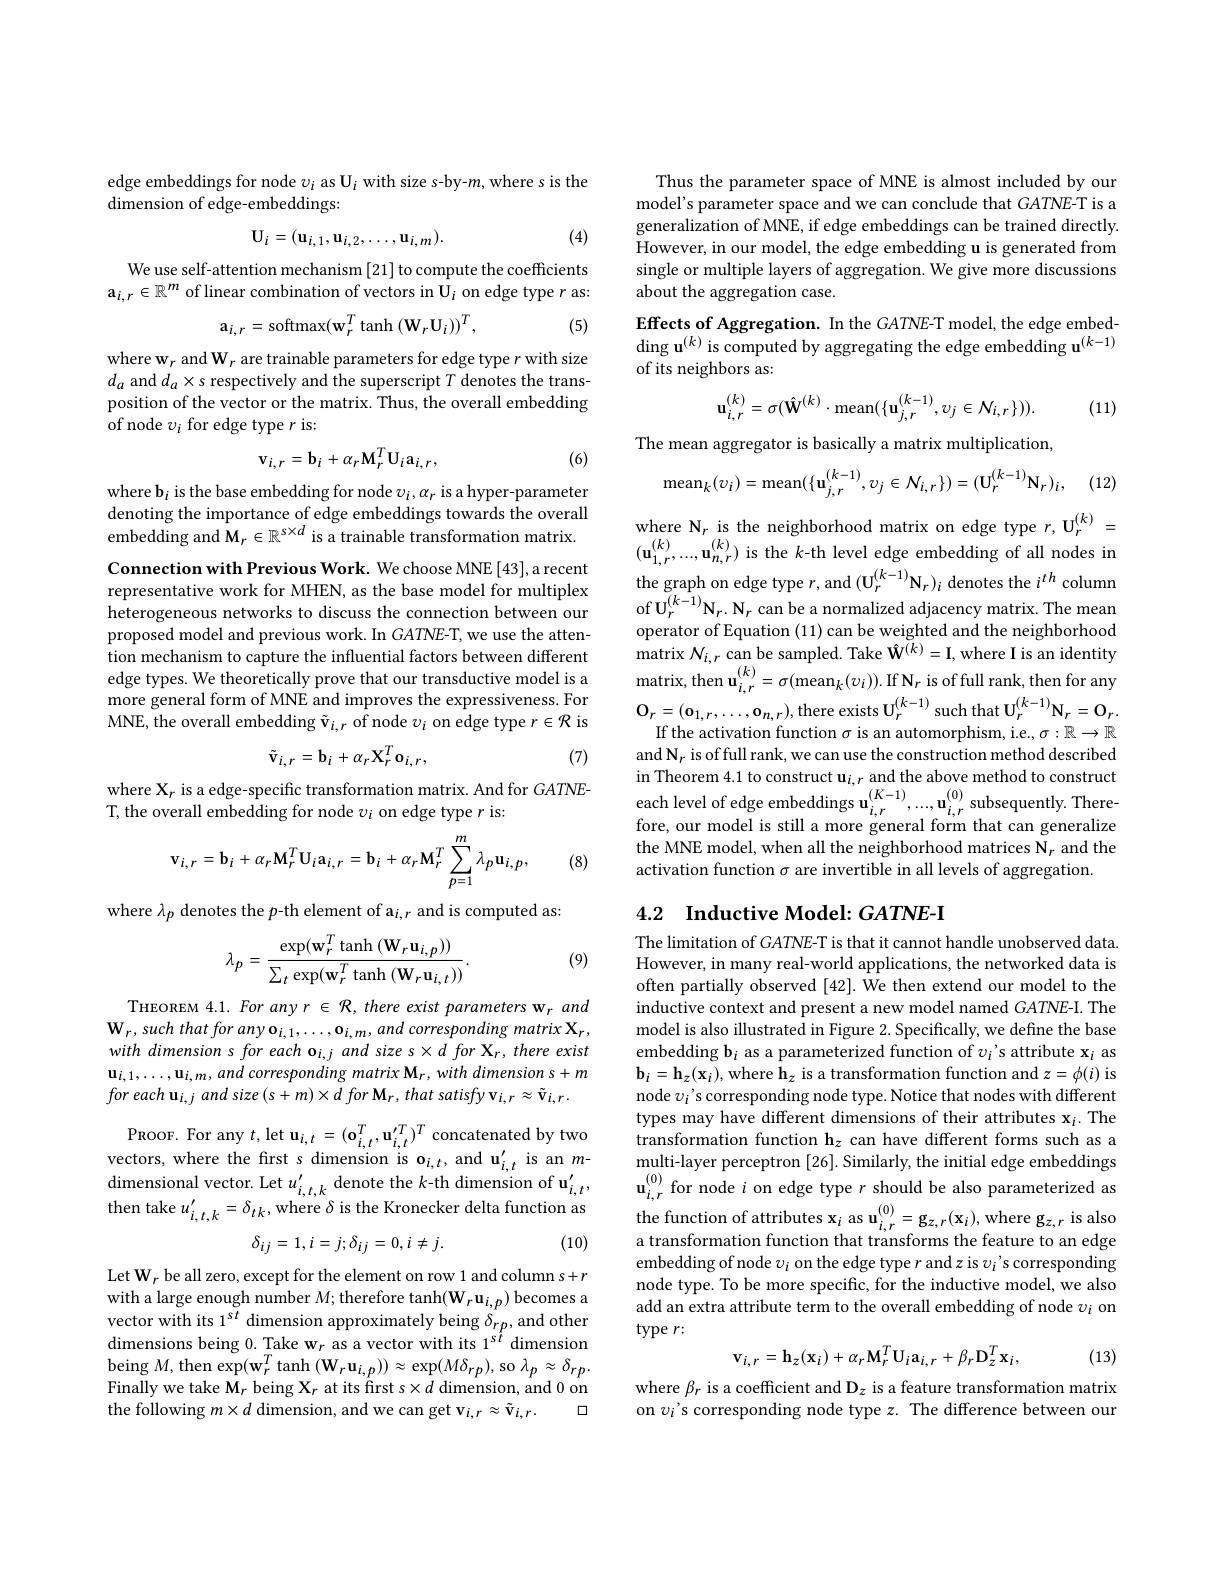
edge embeddings for node $v_i$ as U$_i$ with size s-by-$m$,where s is the
${\mathrm{dimension~of~edge-embeddings:}}$

(4)
$$\mathbf{U}_{i}=(\mathbf{u}_{i,1},\mathbf{u}_{i,2},\ldots,\mathbf{u}_{i,m}).$$
We use self-attention mechanism [21] to compute the coefficients $\mathrm{a}_{i,r}\in\mathbb{R}^m$ of linear combination of vectors in $\mathbf{U}_i$ on edge type $r$ as:
$$\mathrm{a}_{i,r}=\mathrm{softmax}(\mathbf{w}_{r}^{T}\tanh{(\mathbf{W}_{r}\mathbf{U}_{i})})^{T},$$
(5)

where $\mathbf{w}_r$ and W$_r$ are trainable parameters for edge type $r$ with size $d_a$ and $d_a\times s$ respectively and the superscript $T$ denotes the transposition of the vector or the matrix. Thus, the overall embedding of node $v_i$ for edge type $r$ is:
$$\mathbf{v}_{i,r}=\mathbf{b}_{i}+\alpha_{r}\mathbf{M}_{r}^{T}\mathbf{U}_{i}\mathbf{a}_{i,r},$$
(6)

where b$_i$ is the base embedding for node $v_i,\alpha_r$ is a hyper-parameter denoting the importance of edge embeddings towards the overall embedding and $\mathbf{M}_r\in\mathbb{R}^{s\times d}$ is a trainable transformation matrix.

Connection with Previous Work. We choose MNE [43], a recent representative work for MHEN, as the base model for multiplex heterogeneous networks to discuss the connection between our proposed model and previous work. In GATNE-T, we use the attention mechanism to capture the influential factors between different edge types. We theoretically prove that our transductive model is a more general form of MNE and improves the expressiveness. For MNE, the overall embedding $\tilde{\mathbf{v}}_{i,r}$ of node $\upsilon_i$ on edge type $r\in\mathcal{R}$ is
$$\tilde{\mathbf{v}}_{i,r}=\mathbf{b}_{i}+\alpha_{r}\mathbf{X}_{r}^{T}\mathbf{o}_{i,r},$$
(7)

where X$_r$ is a edge-specific transformation matrix. And for GATNE-
T, the overall embedding for node $v_i$ on edge type $r$ is:
$$\mathbf{v}_{i,r}=\mathbf{b}_{i}+\alpha_{r}\mathbf{M}_{r}^{T}\mathbf{U}_{i}\mathbf{a}_{i,r}=\mathbf{b}_{i}+\alpha_{r}\mathbf{M}_{r}^{T}\sum_{p=1}^{m}\lambda_{p}\mathbf{u}_{i,p},$$
(8)

where $\lambda_p$ denotes the $p$-th element of a$_i,r$ and is computed as:
$$\lambda_p=\frac{\exp(\mathbf{w}_r^T\tanh{(\mathbf{W}_r\mathbf{u}_{i,p})})}{\sum_t\exp(\mathbf{w}_r^T\tanh{(\mathbf{W}_r\mathbf{u}_{i,t})})}.$$
(9)

THEOREM 4.1. For any r $\in{\mathcal{R}}$, there exist parameters w$_r$ and $\mathbf{W}_{r}$, such that for any o$_i,1,\ldots,\mathbf{o}_{i,m}$, and corresponding matrix X$_r$, $with\textit{ dimension s for each o}_{i, j}\textit{ and size s}\times d\textit{for X}_{r}, \textit{there exist}$ $\mathbf{u}_{i,1},\ldots,\mathbf{u}_{i,m},and$ corresponding matrix M$_r,with$ dimension s$+m$ for each $\mathbf{u} _{i, j}$ and size $( s+ m) \times d$ for $\mathbf{M} _{r}$, that satisfy $\mathbf{v} _{i, r}\approx \tilde{\mathbf{v} } _{i, r}.$

PROOF. For any $t$,let $\mathbf{u}_i,t=(\mathbf{o}_{i,t}^T,\mathbf{u}_{i,t}^{\prime T})^T$ concatenated by two vectors, where the first s dimension is o$_i,t$, and u$_i,t^{\prime}$ is an $m$- $\operatorname*{dimensional}$vector. Let$u_i,t,k^{\prime}$denote the $k$-th dimension of $\mathbf{u}_i,t^{\prime}$,
$$\delta_{ij}=1,i=j;\delta_{ij}=0,i\neq j.$$
(10)

Let W$_r$ be all zero, except for the element on row 1 and column s+r with a large enough number $M;$ therefore tanh(W$_r\mathbf{u}_i,p)$ becomes a vector with its 1$^{sit}$ dimension approximately being $\delta_{rp}$,and other dimensions being 0. Take w$_r$ as a vector with its 1$^{s\hat{t}}$ dimension $\operatorname{being}M,\operatorname{then}\operatorname{exp}(\mathbf{w}_{r}^{T}\tanh\left(\mathbf{W}_{r}\mathbf{u}_{i,p}\right))\approx\exp(M\delta_{rp})$, so $\lambda_p\approx\delta_{rp}.$ Finally we take $\mathbf{M}_r$ being X$_r$ at its first $s\times d$ dimension, and 0 on the following $m\times d$ dimension, and we can get $\mathbf{v}_{i,r}\approx\tilde{\mathbf{v}}_{i,r}.$
口

Thus the parameter space of MNE is almost included by our model's parameter space and we can conclude that GATNE-T is a generalization of MNE, if edge embeddings can be trained directly. However, in our model, the edge embedding u is generated from single or multiple layers of aggregation. We give more discussions about the aggregation case.

$\textbf{Effects of Aggregation. In the GATNE- T model, the edge embed- }$ $\operatorname{ding}\mathbf{u}^{(k)}$ is computed by aggregating the edge embedding u$^{(k-1)}$ of its neighbors as:
$$\mathbf{u}_{i,r}^{(k)}=\sigma(\hat{\mathbf{W}}^{(k)}\cdot\mathrm{mean}(\{\mathbf{u}_{j,r}^{(k-1)},v_{j}\in\mathcal{N}_{i,r}\})).$$
(11)

The mean aggregator is basically a matrix multiplication,
$$\mathrm{mean}_{k}(v_{i})=\mathrm{mean}(\{\mathbf{u}_{j,r}^{(k-1)},v_{j}\in\mathcal{N}_{i,r}\})=(\mathbf{U}_{r}^{(k-1)}\mathbf{N}_{r})_{i},$$
(12)

$\begin{array}{ll}\mathrm{where~N_{r}~is~the~neighborhood~matrix~on~edge~type~}r,\mathbf{U_{r}^{(k)}}&=\\(\mathbf{u_{1,r}^{(k)},\ldots,u_{n,r}^{(k)})~is~the~}k\text{-th level edge embedding of all nodes in}\end{array}$ the graph on edge type $r$, and $(\mathbf{U}_r^{(k-1)}\mathbf{N}_r)_i$ denotes the $i^th$ column of U$_r^{(k-1)}\mathbf{N}_r.\mathbf{N}_r$ can be a normalized adjacency matrix. The mean operator of Equation (11) can be weighted and the neighborhood matrix $N_{i, r}$ can be sampled. Take $\hat{\mathbf{W}}^{(k)}=$I, where I is an identity ${\mathrm{matrix,~then~}\mathbf{u}}_{i,r}^{(\kappa)}=\sigma({\mathrm{mean}}_{k}(v_{i})).{\mathrm{If~N}}_{r}$ is of full rank, then for any $\mathbf{O}_{r}=(\mathbf{o}_{1,r},\ldots,\mathbf{o}_{n,r})$,there exists $\mathbf{U}_r^{(k-1)}$ such that $\mathbf{U}_r^{(k-1)}\mathbf{N}_r=\mathbf{O}_r.$
If the activation function $\sigma$ is an automorphism, i.e., $\sigma:\mathbb{R}\to\mathbb{R}$ and N$_r$ is of full rank, we can use the construction method described $\mathrm{in~Theorem~4.1~to~construct~u}_{i,r}$ and the above method to construct each level of edge embeddings $\mathbf{u}_{i,r}^{(K-1)},...,\mathbf{u}_{i,r}^{(0)}$subsequently. Therefore, our model is still a more general form that can generalize the MNE model, when all the neighborhood matrices N$_r$ and the activation function $\sigma$ are invertible in all levels of aggregation.

## 4.2 Inductive Model: GATNE-I

The limitation of $GATNE$-T is that it cannot handle unobserved data. However, in many real-world applications, the networked data is often partially observed [42]. We then extend our model to the inductive context and present a new model named GATNE-I. The model is also illustrated in Figure 2. Specifically, we define the base embedding $\mathbf{b}_i$ as a parameterized function of $v_i’$s attribute $\mathbf{x}_i$ as $\mathbf{b}_{i}=\mathbf{h}_{z}(\mathbf{x}_{i})$, where h$_z$ is a transformation function and $z=\phi(i)$ is node $v_i$'s corresponding node type. Notice that nodes with different types may have different dimensions of their attributes $\mathbf{x}_i.$ The transformation function h$_z$ can have different forms such as a multi-layer perceptron [26]. Similarly, the initial edge embeddings a transformation function that transforms the feature to an edge embedding of node $v_i$ on the edge type $r$ and $z$ is $v_i’$s corresponding node type. To be more specific, for the inductive model, we also add an extra attribute term to the overall embedding of node $v_i$ on $typer:$
$$\mathbf{v}_{i,r}=\mathbf{h}_{z}(\mathbf{x}_{i})+\alpha_{r}\mathbf{M}_{r}^{T}\mathbf{U}_{i}\mathbf{a}_{i,r}+\beta_{r}\mathbf{D}_{z}^{T}\mathbf{x}_{i},$$
(13)

where $\beta_r$ is a coefficient and D$_z$ is a feature transformation matrix on $v_i’$s corresponding node type $z.$ The difference between our